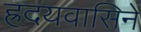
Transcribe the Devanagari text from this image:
ह्रदयवासिने